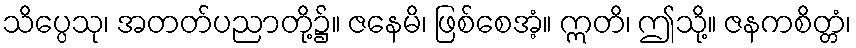
သိပ္ပေသု၊ အတတ်ပညာတို့၌။ ဇနေမိ၊ ဖြစ်စေအံ့။ ဣတိ၊ ဤသို့။ ဇနကစိတ္တံ၊